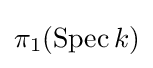
\pi _{1}(\operatorname {Spec} k)